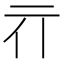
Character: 𰁖